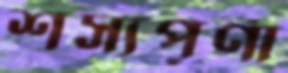
শস্যপূর্ণা